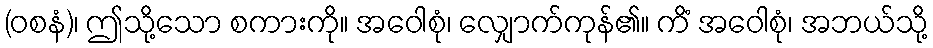
(ဝစနံ)၊ ဤသို့သော စကားကို။ အဝေါစုံ၊ လျှောက်ကုန်၏။ ကိံ အဝေါစုံ၊ အဘယ်သို့